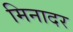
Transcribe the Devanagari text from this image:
मिनादर